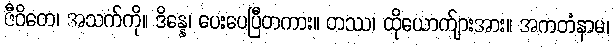
ဇီဝိတေ၊ အသက်ကို။ ဒိန္နေ၊ ပေးပေပြီတကား။ တဿ၊ ထိုယောက်ျားအား။ အကတံနာမ၊